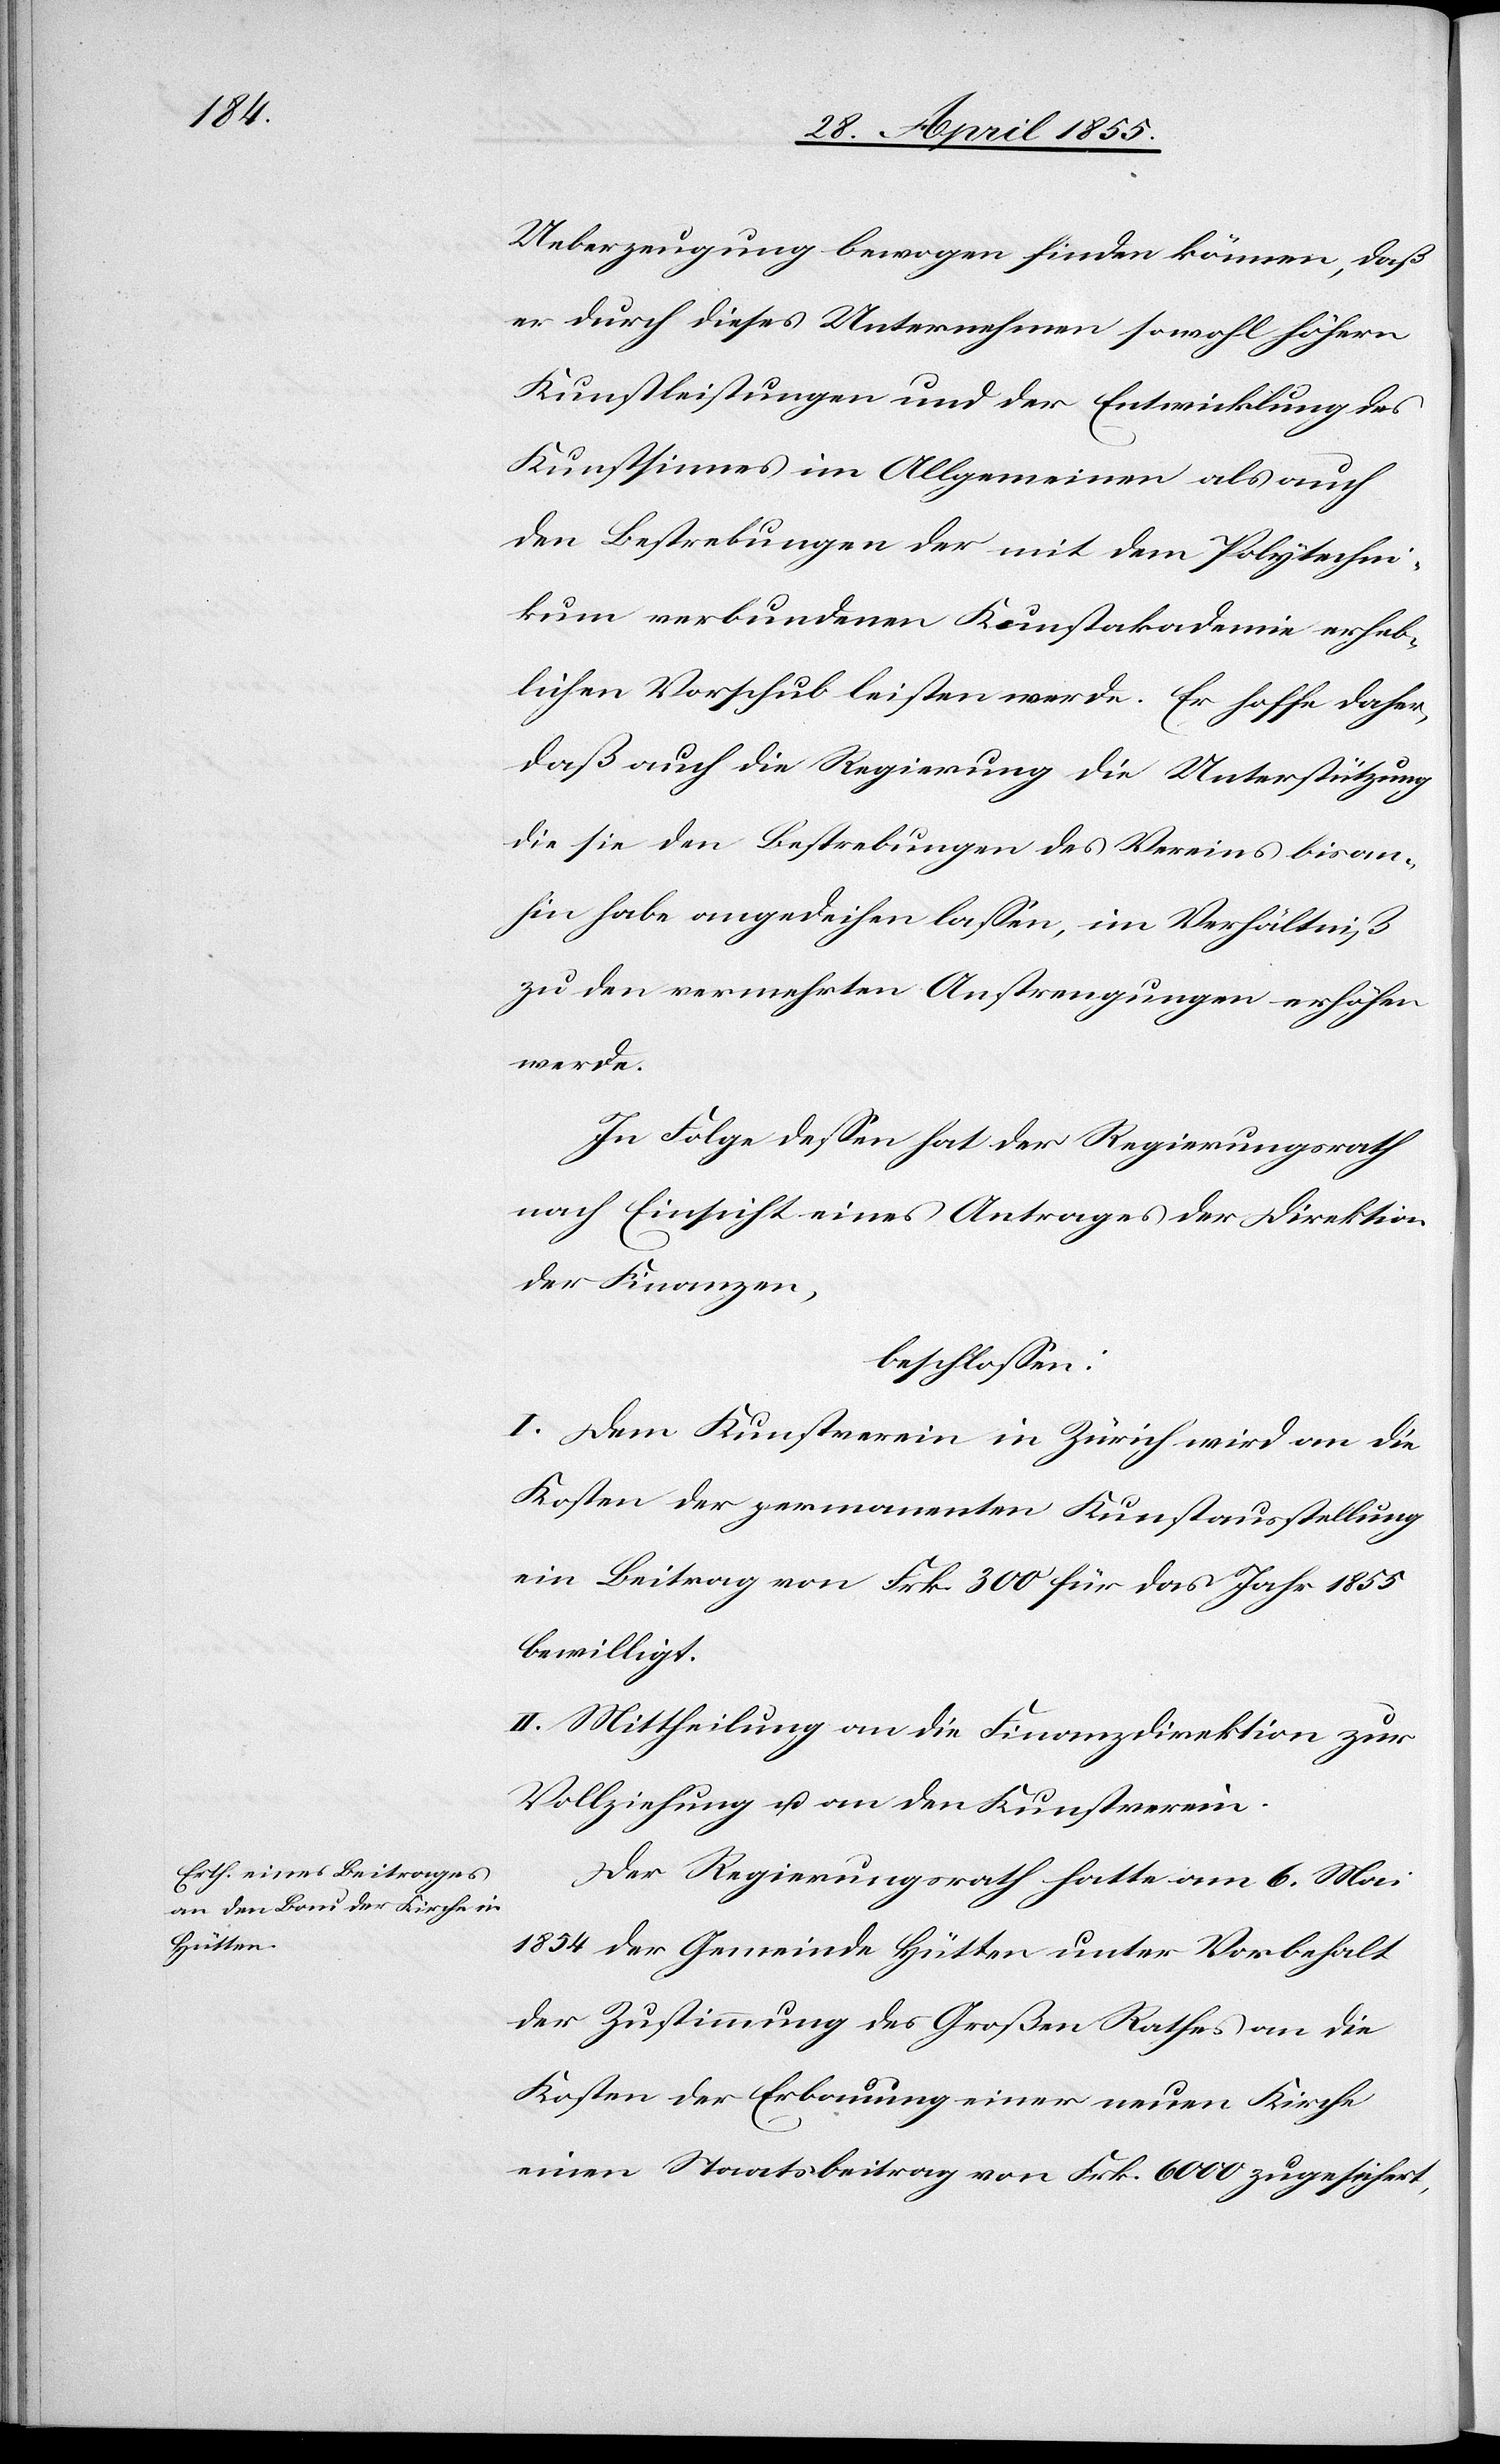
Ueberzeugung bewogen finden können, daß
er durch dieses Unternehmen sowohl höhern
Kunstleistungen und der Entwicklung des
Kunstsinnes im Allgemeinen als auch
den Bestrebungen der mit dem Polytechni¬
kum verbundenen Kunstakademie erheb¬
lichen Vorschub leisten werde. Er hoffe daher,
daß auch die Regierung die Unterstützung
die sie den Bestrebungen des Vereins bisan¬
hin habe angedeihen lassen, im Verhältniß
zu den vermehrten Anstrengungen erhöhen
werde.
In Folge dessen hat der Regierungsrath
nach Einsicht eines Antrages der Direktion
der Finanzen,
beschlossen:
I. Dem Kunstverein in Zürich wird an die
Kosten der permanenten Kunstausstellung
ein Beitrag von Frk. 300 für das Jahr 1855
bewilligt.
II. Mittheilung an die Finanzdirektion zur
Vollziehung u. an den Kunstverein.
Der Regierungsrath hatte am 6. Mai
1854 der Gemeinde Hütten unter Vorbehalt
der Zustimmung des Großen Rathes an die
Kosten der Erbauung einer neuen Kirche
einen Staatsbeitrag von Frk. 6000 zugesichert,